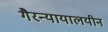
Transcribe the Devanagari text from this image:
गैरन्यायालयीन